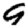
Digit: 9